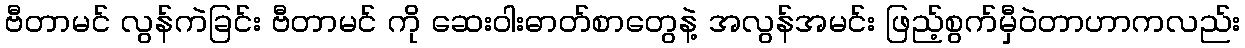
ဗီတာမင် လွန်ကဲခြင်း ဗီတာမင် ကို ဆေးဝါးဓာတ်စာတွေနဲ့ အလွန်အမင်း ဖြည့်စွက်မှီဝဲတာဟာကလည်း